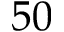
5 0